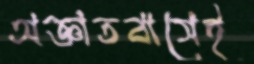
অজ্ঞাতবাসেই